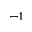
^ { - 1 }